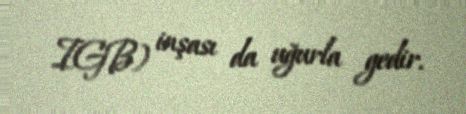
IGB) inşası da uğurla gedir.